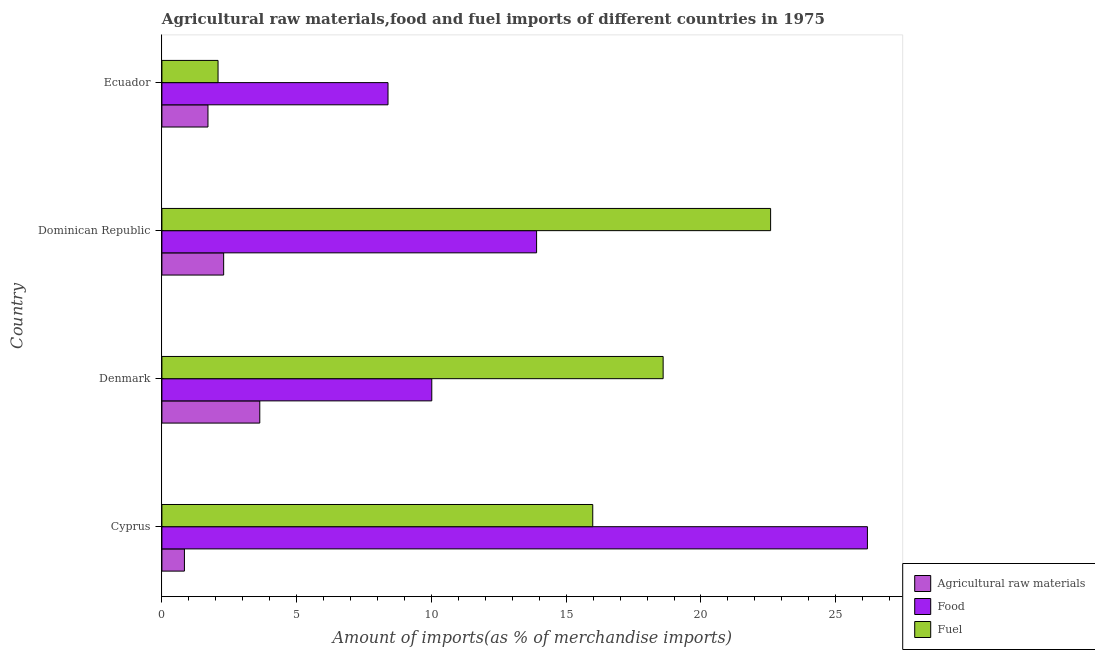
| Country | Agricultural raw materials | Food | Fuel |
 | --- | --- | --- | --- |
 | Cyprus | 0.836 | 26.2 | 16 |
 | Denmark | 3.63 | 10 | 18.6 |
 | Dominican Republic | 2.29 | 13.9 | 22.6 |
 | Ecuador | 1.71 | 8.39 | 2.08 |